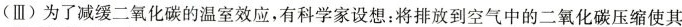
(Ⅲ)为了减缓二氧化碳的温室效应，有科学设想：将排放到空气中的二氧化碳压缩使其